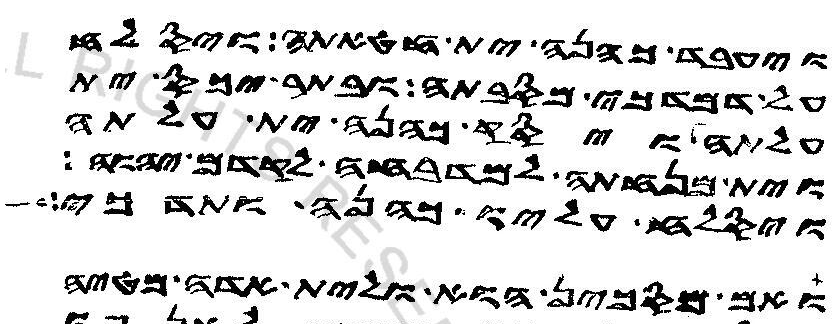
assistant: ויעבד כהנה ית חטאתה ויסלח
על דמדכי מסבתה ובתר יכס ית
עלתה ויסק כהנה ית עלתה
וית מנחתה למדבחה לקדם יהוה
ויסלח עליו כהנה ותדכי
ואם מסכין הוא ולית אדה מטיה